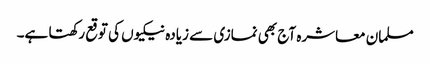
مسلمان معاشرہ آج بھی نمازی سے زیادہ نیکیوں کی توقع رکھتا ہے۔